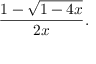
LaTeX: { \frac { 1 - { \sqrt { 1 - 4 x } } } { 2 x } } .